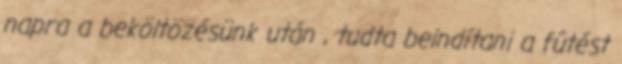
napra a beköltözésünk után , tudta beindítani a fûtést